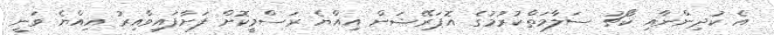
އެ ކުދިންނާއި ކޯޗު ސަލާމަތްކުރުމުގެ އޮޕަރޭޝަން އިއްޔެ ރަސްމީކޮށް ފަށާފައިވާއިރު އިއްޔެ ވަނީ